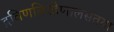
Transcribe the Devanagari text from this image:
द्रविणविरहेणालसतया